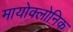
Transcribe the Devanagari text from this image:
मायोक्लोनिक